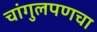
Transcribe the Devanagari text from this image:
चांगुलपणचा